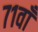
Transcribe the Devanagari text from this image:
७१वाँ